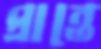
প্রান্তে